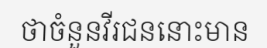
ថាចំនួនវីរជននោះមាន